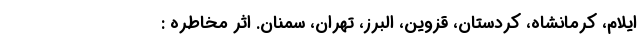
ایلام، کرمانشاه، کردستان، قزوین، البرز، تهران، سمنان. اثر مخاطره :